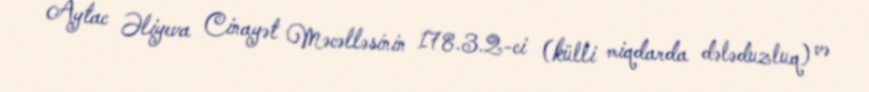
Aytac Əliyeva Cinayət Məcəlləsinin 178.3.2-ci (külli miqdarda dələduzluq) və